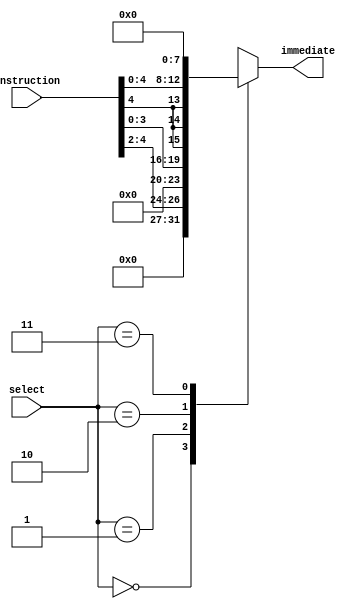
module immediate_extractor (input [7:0] instruction, input [1:0] select, output reg [7:0] immediate);
	
	always @(*) begin
		case(select)
			2'b00: immediate <= {5'b00000, instruction[4:2]};
			2'b01: immediate <= {4'b0000, instruction[3:0]};
			2'b10: immediate <= {{3{instruction[4]}}, instruction[4:0]};
			2'b11: immediate <= 0;
		endcase
	end 	
endmodule